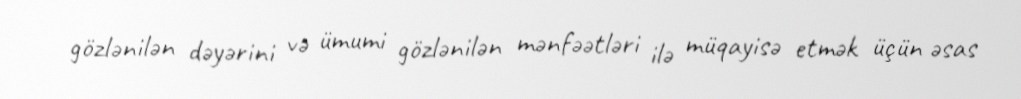
gözlənilən dəyərini və ümumi gözlənilən mənfəətləri ilə müqayisə etmək üçün əsas